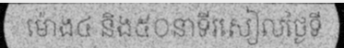
ម៉ោង៤ និង៥០នាទីរសៀលថ្ងៃទី